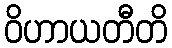
ဝိဟာယတီတိ